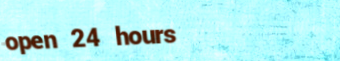
open 24 hours